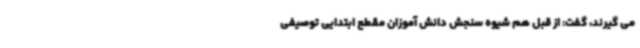
می گیرند، گفت: از قبل هم شیوه سنجش دانش آموزان مقطع ابتدایی توصیفی